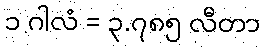
၁ ဂါလံ = ၃.၇၈၅ လီတာ